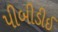
પીબીડીઈ